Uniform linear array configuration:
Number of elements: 16
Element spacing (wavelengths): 0.25
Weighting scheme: blackman
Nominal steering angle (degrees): -45
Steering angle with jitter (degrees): -45.874
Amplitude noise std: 0.05
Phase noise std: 0.05

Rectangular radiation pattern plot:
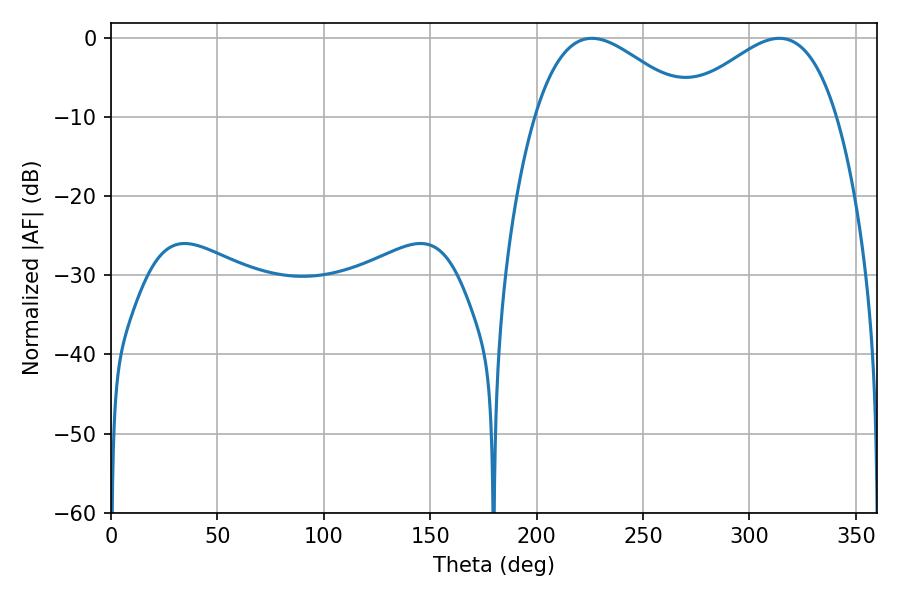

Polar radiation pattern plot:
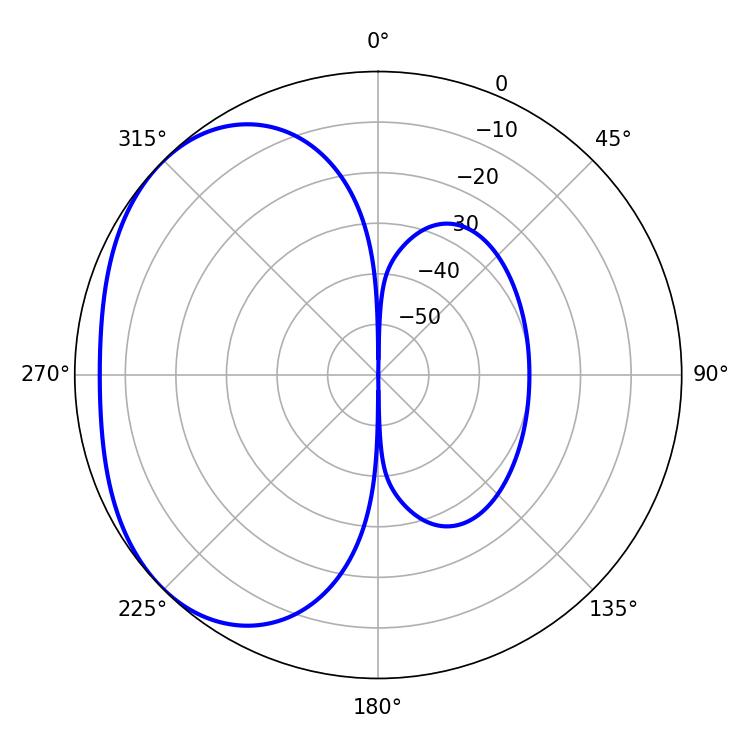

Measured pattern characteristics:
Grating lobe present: FALSE
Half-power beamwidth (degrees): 39.78
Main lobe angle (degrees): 225.9